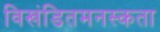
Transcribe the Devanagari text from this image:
विखंडितमनस्कता